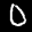
Label: 0